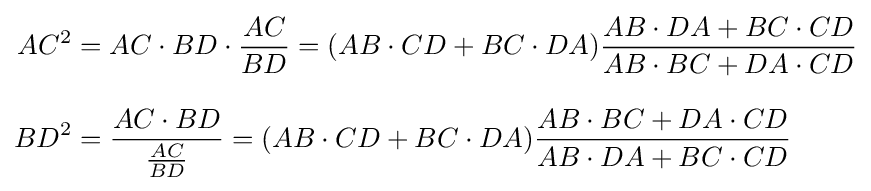
{\begin{aligned}AC^{2}&=AC\cdot BD\cdot {\frac {AC}{BD}}=(AB\cdot CD+BC\cdot DA){\frac {AB\cdot DA+BC\cdot CD}{AB\cdot BC+DA\cdot CD}}\\[8pt]BD^{2}&={\frac {AC\cdot BD}{\frac {AC}{BD}}}=(AB\cdot CD+BC\cdot DA){\frac {AB\cdot BC+DA\cdot CD}{AB\cdot DA+BC\cdot CD}}\end{aligned}}